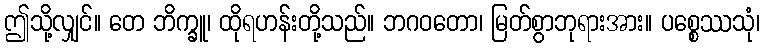
ဤသို့လျှင်။ တေ ဘိက္ခူ၊ ထိုရဟန်းတို့သည်။ ဘဂဝတော၊ မြတ်စွာဘုရားအား။ ပစ္စေဿသုံ၊